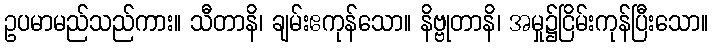
ဥပမာမည်သည်ကား။ သီတာနိ၊ ချမ်းဧကုန်သော။ နိဗ္ဗုတာနိ၊ အမှု၌ငြိမ်းကုန်ပြီးသော။